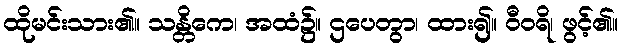
ထိုမင်းသား၏။ သန္တိကေ၊ အထံ၌။ ဌပေတွာ၊ ထား၍။ ဝီဝရိ၊ ဖွင့်၏။